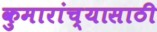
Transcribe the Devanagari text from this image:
कुमारांच्यासाठी